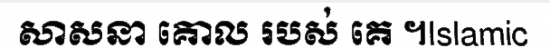
សាសនា គោល របស់ គេ ។Islamic